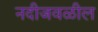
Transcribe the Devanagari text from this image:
नदीजवळील